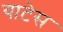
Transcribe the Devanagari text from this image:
याटेस